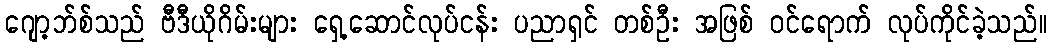
ဂျော့ဘ်စ်သည် ဗီဒီယိုဂိမ်းများ ရှေ့ဆောင်လုပ်ငန်း ပညာရှင် တစ်ဦး အဖြစ် ဝင်ရောက် လုပ်ကိုင်ခဲ့သည်။